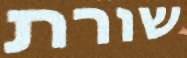
שורת